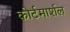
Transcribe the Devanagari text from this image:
कोर्टमार्शल